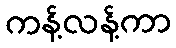
ကန့်လန့်ကာ